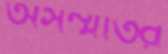
অসম্মতির